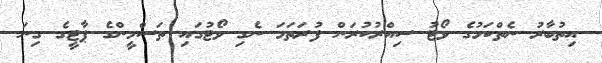
އިތުބާރު ނެތްކަމުގެ ވޯޓު ސިއްރުކުރަން ފުރަތަމަ ނެގި ވޯޓުގައި ތަސްމީންގެ ޕާޓީގެ ގިނަ